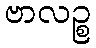
ဗာလဉ္စ